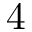
4